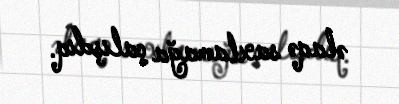
əlaqə saxlamağa çalışdıq.